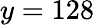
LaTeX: y=128